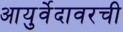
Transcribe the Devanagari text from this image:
आयुर्वेदावरची